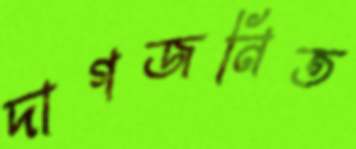
দাগজনিত